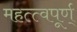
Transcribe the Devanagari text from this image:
महत्त्वपूर्ण्